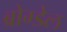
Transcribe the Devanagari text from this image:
ब्रोग्डेल